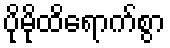
ပိုမိုထိရောက်စွာ